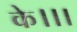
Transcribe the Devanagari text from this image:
के।।।